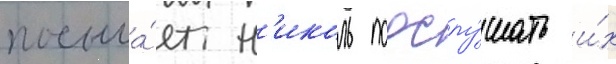
посыла́ет н'иколь подслу́шать и́х